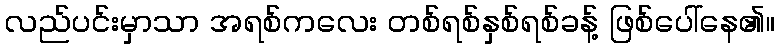
လည်ပင်းမှာသာ အရစ်ကလေး တစ်ရစ်နှစ်ရစ်ခန့် ဖြစ်ပေါ်နေ၏။